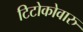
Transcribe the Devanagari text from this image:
टिटोकोवारु